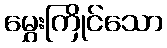
မွှေးကြိုင်သော